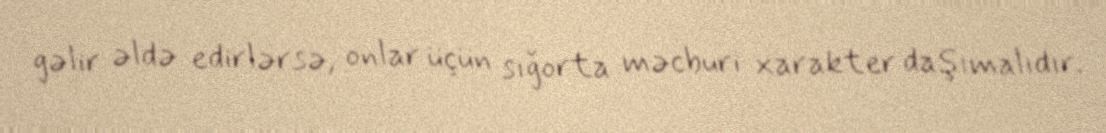
gəlir əldə edirlərsə, onlar üçün sığorta məcburi xarakter daşımalıdır.